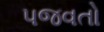
પજવતો